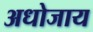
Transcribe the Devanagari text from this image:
अधोजाय